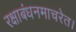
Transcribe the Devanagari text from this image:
रक्षाबंधनमाचरेत।